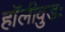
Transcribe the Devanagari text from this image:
हॉलीवुडः